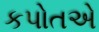
કપોતએ